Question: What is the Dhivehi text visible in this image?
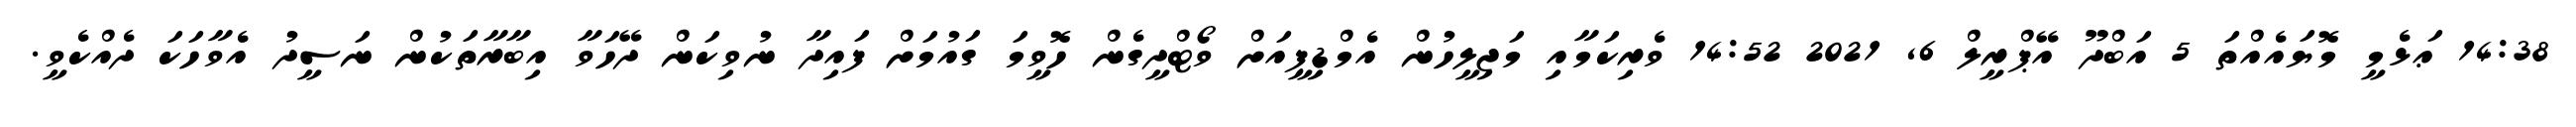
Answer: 14:38 ޢަޅެމީ މޮޔައެއްތަ 5 އަބްދޫ އޭޕްރީލް 6, 2021 14:52 ވެރިކަމާއި މަޖިލީހުން އެމްޑިޕީއަށް ވޯޓްދީގެން ހޮވީމަ ގައުމަށް ފައިދާ ނުވިކަން ދޭހަވާ އިބާރާތަކުން ނަސީދު އެވާހަކަ ދެއްކެވީ.